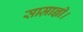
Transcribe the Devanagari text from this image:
साम्राज्ञी।